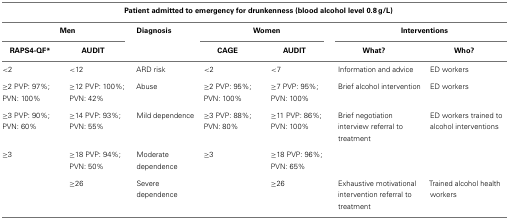
<table><thead><tr><td colspan="7"><b>Patient admitted to emergency for drunkenness (blood alcohol level 0.8 g/L)</b></td></tr><tr><td colspan="2"><b>Men</b></td><td><b>Diagnosis</b></td><td colspan="2"><b>Women</b></td><td colspan="2"><b>Interventions</b></td></tr><tr><td><b>RAPS4-QF*</b></td><td><b>AUDIT</b></td><td></td><td><b>CAGE</b></td><td><b>AUDIT</b></td><td><b>What?</b></td><td><b>Who?</b></td></tr></thead><tbody><tr><td>&lt;2</td><td>&lt;12</td><td>ARD risk</td><td>&lt;2</td><td>&lt;7</td><td>Information and advice</td><td>ED workers</td></tr><tr><td>≥2 PVP: 97%; PVN: 100%</td><td>≥12 PVP: 100%; PVN: 42%</td><td>Abuse</td><td>≥2 PVP: 95%; PVN: 100%</td><td>≥7 PVP: 95%; PVN: 100%</td><td>Brief alcohol intervention</td><td>ED workers</td></tr><tr><td>≥3 PVP: 90%; PVN: 60%</td><td>≥14 PVP: 93%; PVN: 55%</td><td>Mild dependence</td><td>≥3 PVP: 88%; PVN: 80%</td><td>≥11 PVP: 86%; PVN: 100%</td><td>Brief negotiation interview referral to treatment</td><td>ED workers trained to alcohol interventions</td></tr><tr><td>≥3</td><td>≥18 PVP: 94%; PVN: 50%</td><td>Moderate dependence</td><td>≥3</td><td>≥18 PVP: 96%; PVN: 65%</td><td></td></tr><tr><td></td><td>≥26</td><td>Severe dependence</td><td></td><td>≥26</td><td>Exhaustive motivational intervention referral to treatment</td><td>Trained alcohol health workers</td></tr></tbody></table>